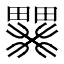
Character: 𱱄